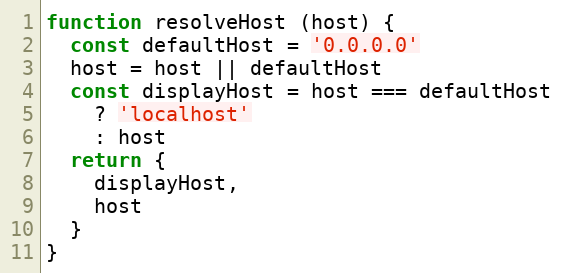
Language: JavaScript
function resolveHost (host) {
  const defaultHost = '0.0.0.0'
  host = host || defaultHost
  const displayHost = host === defaultHost
    ? 'localhost'
    : host
  return {
    displayHost,
    host
  }
}